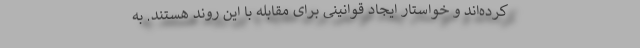
کرد‌ه‌اند و خواستار ایجاد قوانینی برای مقابله با این روند هستند. به